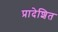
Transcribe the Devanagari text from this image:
प्रादेशित